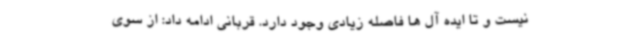
نیست و تا ایده آل ها فاصله زیادی وجود دارد. قربانی ادامه داد: از سوی